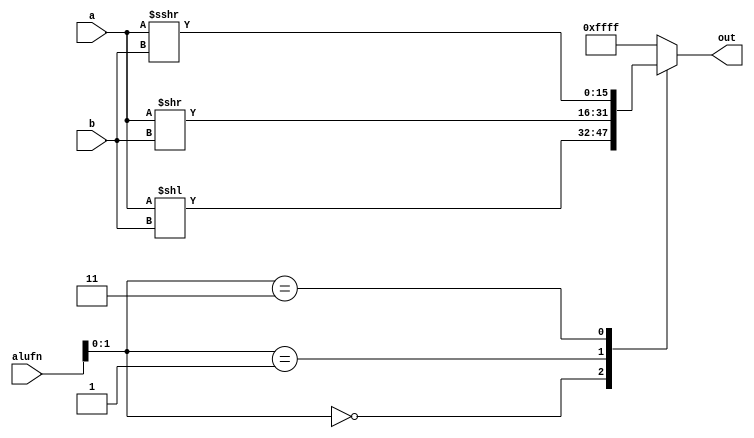
/*
   This file was generated automatically by the Mojo IDE version B1.3.6.
   Do not edit this file directly. Instead edit the original Lucid source.
   This is a temporary file and any changes made to it will be destroyed.
*/

module shifter_31 (
    output reg [15:0] out,
    input [5:0] alufn,
    input [15:0] a,
    input [15:0] b
  );
  
  
  
  always @* begin
    
    case (alufn[0+1-:2])
      2'h0: begin
        out = a << b;
      end
      2'h1: begin
        out = a >> b;
      end
      2'h3: begin
        out = $signed(a) >>> b;
      end
      default: begin
        out = 16'hffff;
      end
    endcase
  end
endmodule